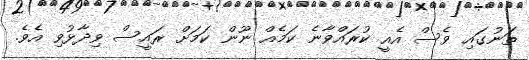
ތަނުގައި ވެސް އެއީ ކުރައްވާނެ ކަމެއް ނޫން ކަމަށް ރައީސް ވިދާޅުވި އެވެ.